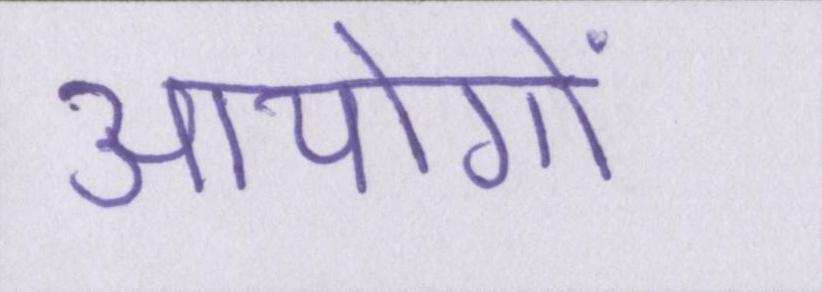
आयोगों